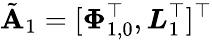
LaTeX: \tilde{\mathbf{A}}_{1}=[\boldsymbol{\Phi}_{1,0}^{\top},\boldsymbol{L}_{1}^{\top}]^{\top}